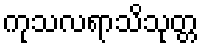
ကုသလရာသိသုတ္တ